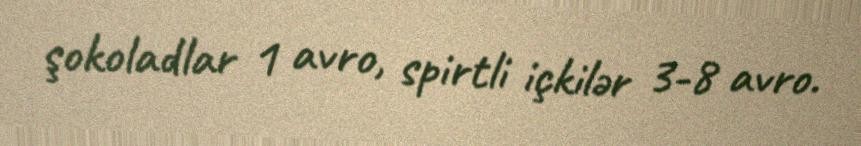
şokoladlar 1 avro, spirtli içkilər 3-8 avro.